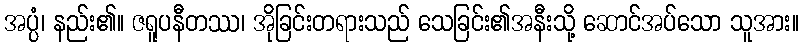
အပ္ပံ၊ နည်း၏။ ဇရူပနီတဿ၊ အိုခြင်းတရားသည် သေခြင်း၏အနီးသို့ ဆောင်အပ်သော သူအား။